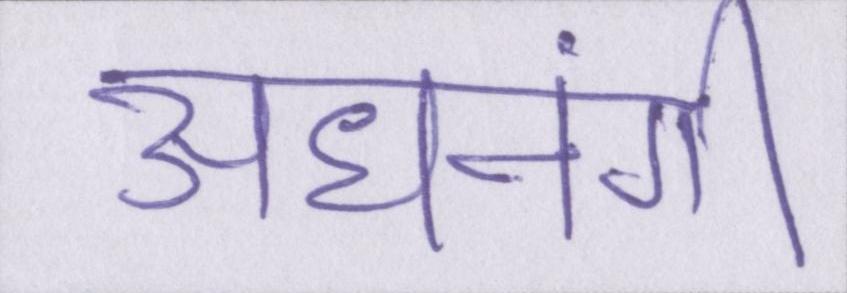
अधनंगी